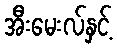
အီးမေးလ်နှင့်